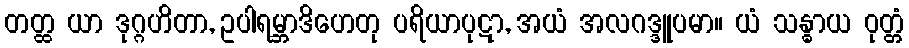
တတ္ထ ယာ ဒုဂ္ဂဟိတာ, ဥပါရမ္ဘာဒိဟေတု ပရိယာပုဋာ, အယံ အလဂဒ္ဒူပမာ။ ယံ သန္ဓာယ ဝုတ္တံ